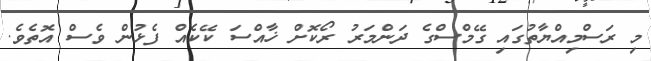
މި ރަސްމިއްޔާތުގައި ގޭމްސްގެ ދަންމަރު ރޯކޮށް ޚާއްސަ ކޭކެއް ފެޅުން ވެސް އޮތެވެ.